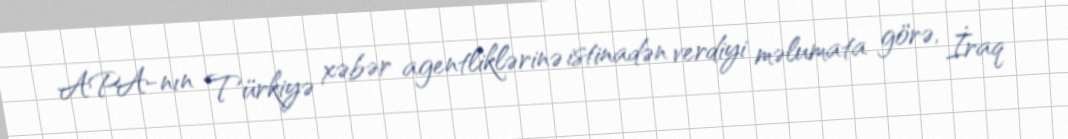
APA-nın Türkiyə xəbər agentliklərinə istinadən verdiyi məlumata görə, İraq